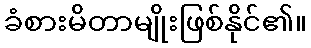
ခံစားမိတာမျိုးဖြစ်နိုင်၏။